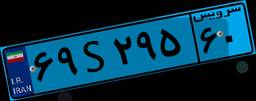
۶۹S۲۹۵۶۰